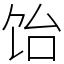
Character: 饴